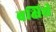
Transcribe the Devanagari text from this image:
बक्षिशे